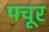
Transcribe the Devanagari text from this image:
पचूर